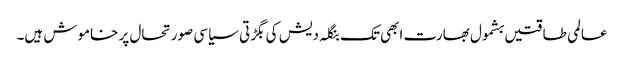
عالمی طاقتیں بشمول بھارت ابھی تک بنگلہ دیش کی بگڑتی سیاسی صورتحال پر خاموش ہیں۔